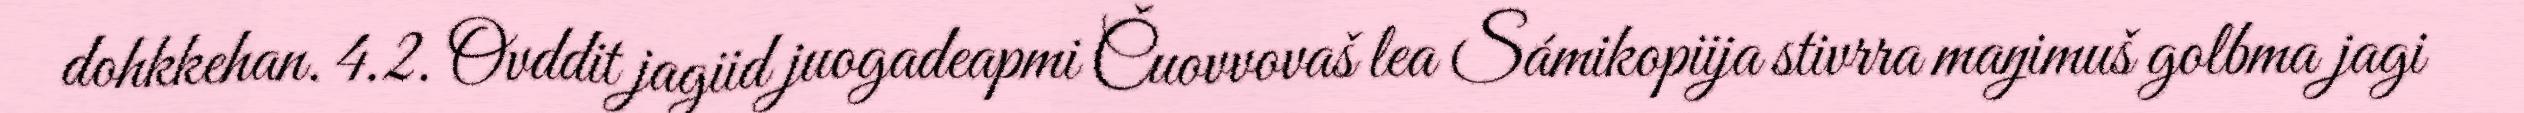
dohkkehan. 4.2. Ovddit jagiid juogadeapmi Čuovvovaš lea Sámikopiija stivrra maŋimuš golbma jagi